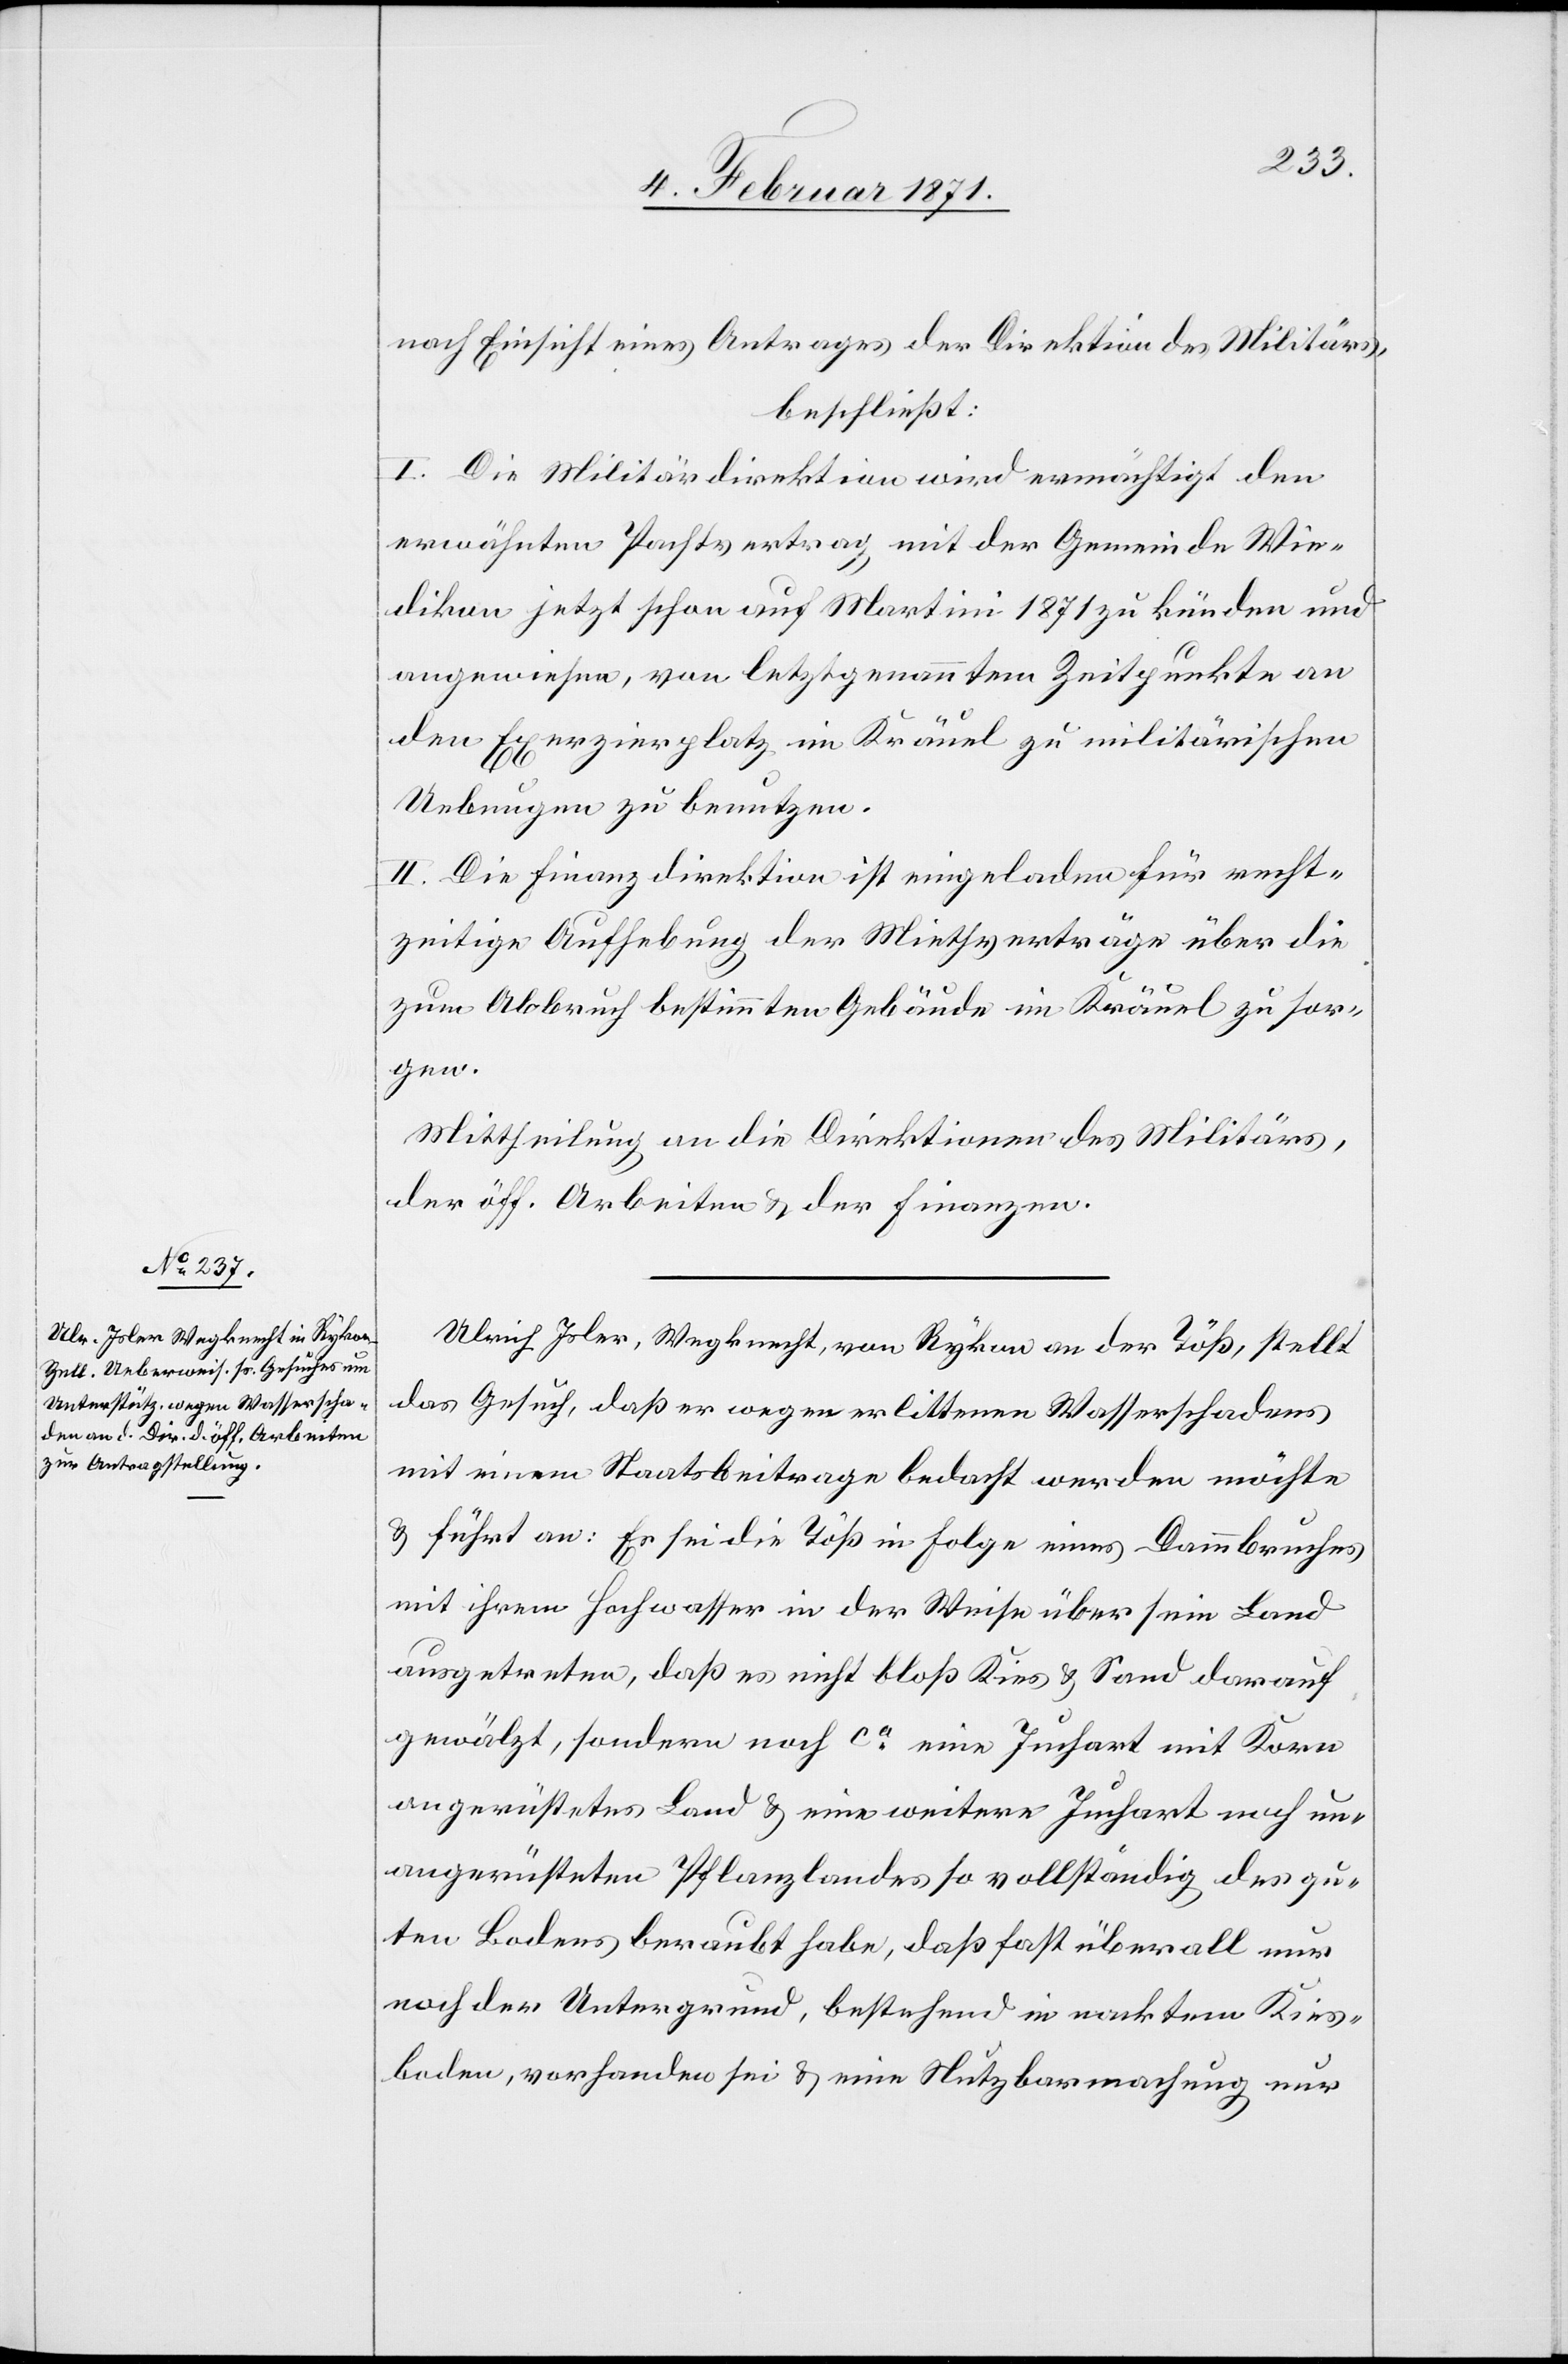
nach Einsicht eines Antrages der Direktion des Militärs,
beschließt:
I. Die Militärdirektion wird ermächtigt den
erwähnten Pachtvertrag mit der Gemeinde Wie¬
dikon jetzt schon auf Martinti 1871 zu künden und
angewiesen, von letztgenanntem Zeitpunkt an
den Exerzierplatz im Kräuel zu militärischen
Uebungen zu benutzen.
II. Die Finanzdirektion ist eingeladen für recht¬
zeitige Aufhebung der Miethverträge über die
zum Abbruch bestimmten Gebäude im Kräuel zu sor¬
gen.
Mittheilung an die Direktion des Militärs,
der öff. Arbeiten u. der Finanzen.
Ulrich Isler, Wegknecht, von Rykon an der Töß, stellt
das Gesuch, daß er wegen erlittenen Wasserschadens
mit einem Staatsbeitrage bedacht werden möchte
u. führt an: es sei die Töß in Folge eines Dammbruches
mit ihrem Hochwasser in der Weise über sein Land
ausgetreten, daß es nicht bloß Kies u. Sand darauf
gewälzt, sondern noch ca. eine Juchart mit Korn
angerüstetes Land u. eine weitere Juchart noch nur
angerüsteten Pflanzlandes so vollständig des gu¬
ten Bodens beraubt habe, daß fast überall nur
noch der Untergrund, bestehend in nacktem Kies¬
boden, vorhanden sei u. eine Nutzbarmachung nur